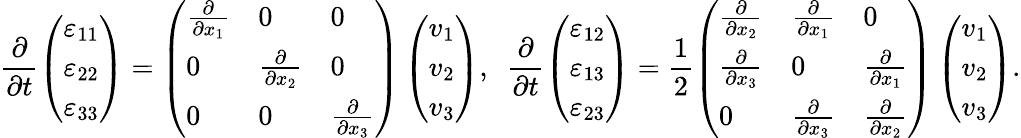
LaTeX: \frac{\partial}{\partial t}\left(\begin{array}{l}{\varepsilon_{11}}\\ {\varepsilon_{22}}\\ {\varepsilon_{33}}\end{array}\right)=\left(\begin{array}{lll}{\frac{\partial}{\partial x_{1}}}&{0}&{0}\\ {0}&{\frac{\partial}{\partial x_{2}}}&{0}\\ {0}&{0}&{\frac{\partial}{\partial x_{3}}}\end{array}\right)\left(\begin{array}{l}{v_{1}}\\ {v_{2}}\\ {v_{3}}\end{array}\right),~~\frac{\partial}{\partial t}\left(\begin{array}{l}{\varepsilon_{12}}\\ {\varepsilon_{13}}\\ {\varepsilon_{23}}\end{array}\right)=\frac{1}{2}\left(\begin{array}{lll}{\frac{\partial}{\partial x_{2}}}&{\frac{\partial}{\partial x_{1}}}&{0}\\ {\frac{\partial}{\partial x_{3}}}&{0}&{\frac{\partial}{\partial x_{1}}}\\ {0}&{\frac{\partial}{\partial x_{3}}}&{\frac{\partial}{\partial x_{2}}}\end{array}\right)\left(\begin{array}{l}{v_{1}}\\ {v_{2}}\\ {v_{3}}\end{array}\right).